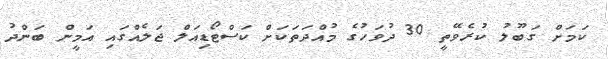
ކަމަށް ގަބޫލު ކުރެވޭތީ 30 ދުވަހުގެ މުއްދަތަކަށް ކަސްޓޯޑިއަލް ޖަލެއްގައި އަމީން ބަންދު